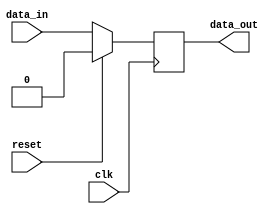
module synchronous_sequential_logic (
    input wire clk,
    input wire reset,
    input wire data_in,
    output reg data_out
);

always @(negedge clk) begin
    if (reset) begin
        data_out <= 1'b0; // Reset state
    end else begin
        data_out <= data_in; // Update data on falling edge of clock
    end
end

endmodule